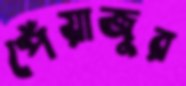
পেঁয়াজুর